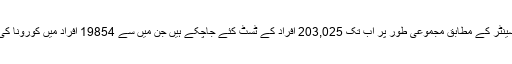
کمانڈ اینڈ کنٹرول سینٹر کے مطابق مجموعی طور پر اب تک 203,025 افراد کے ٹسٹ کئے جاچکے ہیں جن میں سے 19854 افراد میں کورونا کی تصدیق ہوئی ہے۔